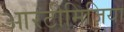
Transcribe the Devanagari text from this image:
आरटीमिज़िया